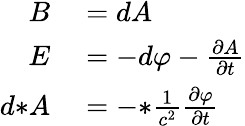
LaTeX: \begin{array}{rl}{B}&{{}=dA}\\ {E}&{{}=-d\varphi-{\frac{\partial A}{\partial t}}}\\ {d{*}A}&{{}=-{*}{\frac{1}{c^{2}}}{\frac{\partial\varphi}{\partial t}}}\end{array}